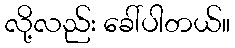
လို့လည်း ခေါ်ပါတယ်။